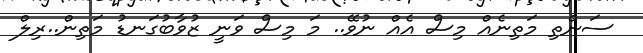
ސަންތި މަތިނެއް މިސް އެއް ނުވޭ.. މަ މިސް ވަނީ ޒުވާބުގަނޑު މަތިން..ރިލް